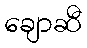
ချောဆီ